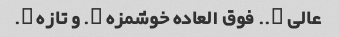
عالی ….. فوق العاده خوشمزه …. و تازه ….